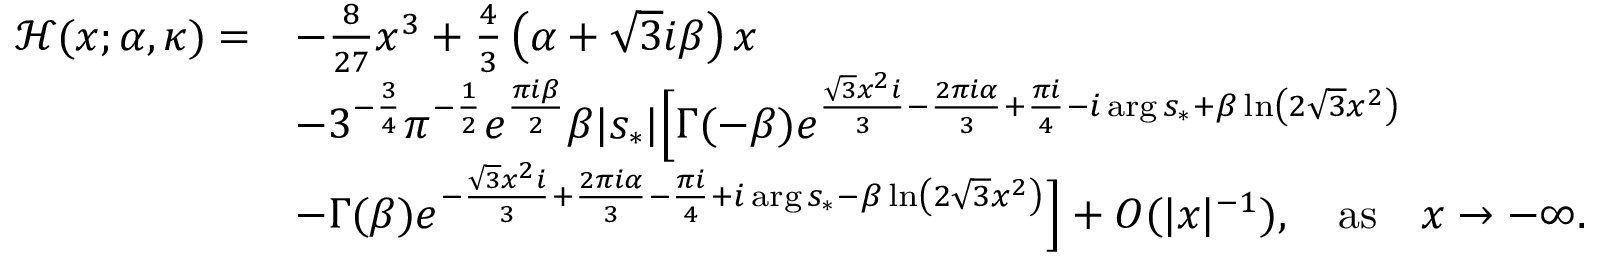
\begin{array} { r l } { \mathcal { H } ( x ; \alpha , \kappa ) = } & { - \frac { 8 } { 2 7 } x ^ { 3 } + \frac { 4 } { 3 } \left( \alpha + \sqrt { 3 } i { \beta } \right) x } \\ & { - 3 ^ { - \frac { 3 } { 4 } } \pi ^ { - \frac { 1 } { 2 } } e ^ { \frac { \pi i { \beta } } { 2 } } { \beta } | s _ { * } | \Big [ \Gamma ( - { \beta } ) e ^ { \frac { \sqrt { 3 } x ^ { 2 } i } { 3 } - \frac { 2 \pi i \alpha } { 3 } + \frac { \pi i } { 4 } - i \arg s _ { * } + { \beta } \ln \left( 2 \sqrt { 3 } x ^ { 2 } \right) } } \\ & { - \Gamma ( { \beta } ) e ^ { - \frac { \sqrt { 3 } x ^ { 2 } i } { 3 } + \frac { 2 \pi i \alpha } { 3 } - \frac { \pi i } { 4 } + i \arg s _ { * } - { \beta } \ln \left( 2 \sqrt { 3 } x ^ { 2 } \right) } \Big ] + O ( | x | ^ { - 1 } ) , \quad \mathrm { a s } \quad x \rightarrow - \infty . } \end{array}